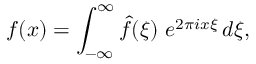
f ( x ) = \int _ { - \infty } ^ { \infty } { \hat { f } } ( \xi ) \ e ^ { 2 \pi i x \xi } \, d \xi ,